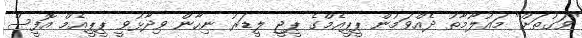
"ވަގުތަށް" މައުލޫމާތު ދެއްވަމުން ޕީޕީއެމްގެ ޕީޖީ ލީޑަރު ނިހާން ވިދާޅުވީ ޕީޕީއެމް އޮފީސް